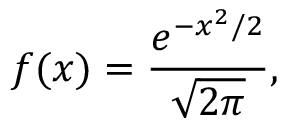
f ( x ) = \frac { e ^ { - x ^ { 2 } / 2 } } { \sqrt { 2 \pi } } ,